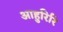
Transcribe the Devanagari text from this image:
आहुरिरि